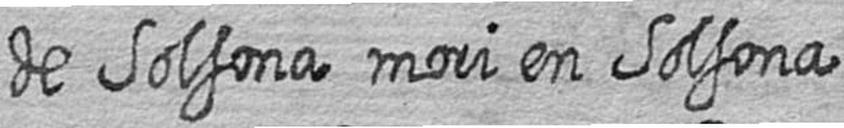
de Solsona mori en Solsona